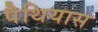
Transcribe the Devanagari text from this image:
पैथियास